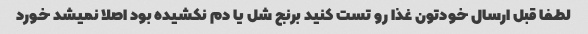
لطفا قبل ارسال خودتون غذا رو تست کنید برنج شل یا دم نکشیده بود اصلا نمیشد خورد